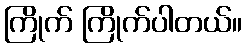
ကြိုက် ကြိုက်ပါတယ်။